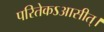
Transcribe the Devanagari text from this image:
परितेकऽआसीत्।